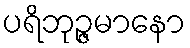
ပရိဘုဉ္ဇမာနော